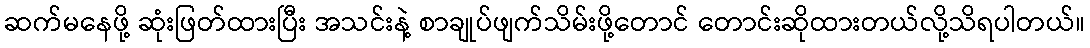
ဆက်မနေဖို့ ဆုံးဖြတ်ထားပြီး အသင်းနဲ့ စာချုပ်ဖျက်သိမ်းဖို့တောင် တောင်းဆိုထားတယ်လို့သိရပါတယ်။